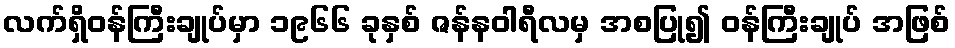
လက်ရှိဝန်ကြီးချုပ်မှာ ၁၉၆၆ ခုနှစ် ဇန်နဝါရီလမှ အစပြု၍ ဝန်ကြီးချုပ် အဖြစ်